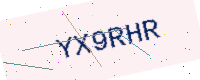
Text: YX9RHR